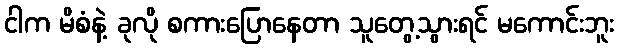
ငါက မိစံနဲ့ ခုလို စကားပြောနေတာ သူတွေ့သွားရင် မကောင်းဘူး